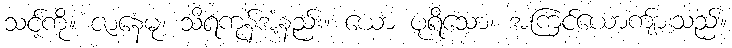
သင့်ကို။ ဇာနေမု၊ သိရကုန်အံ့နည်း။ ယော ပုရိသော၊ အကြင်ယောကျ်ားသည်။